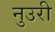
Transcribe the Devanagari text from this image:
नुउरी